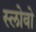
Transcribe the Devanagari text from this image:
स्लोवो